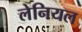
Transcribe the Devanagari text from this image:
लेनियल